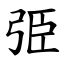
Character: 弫